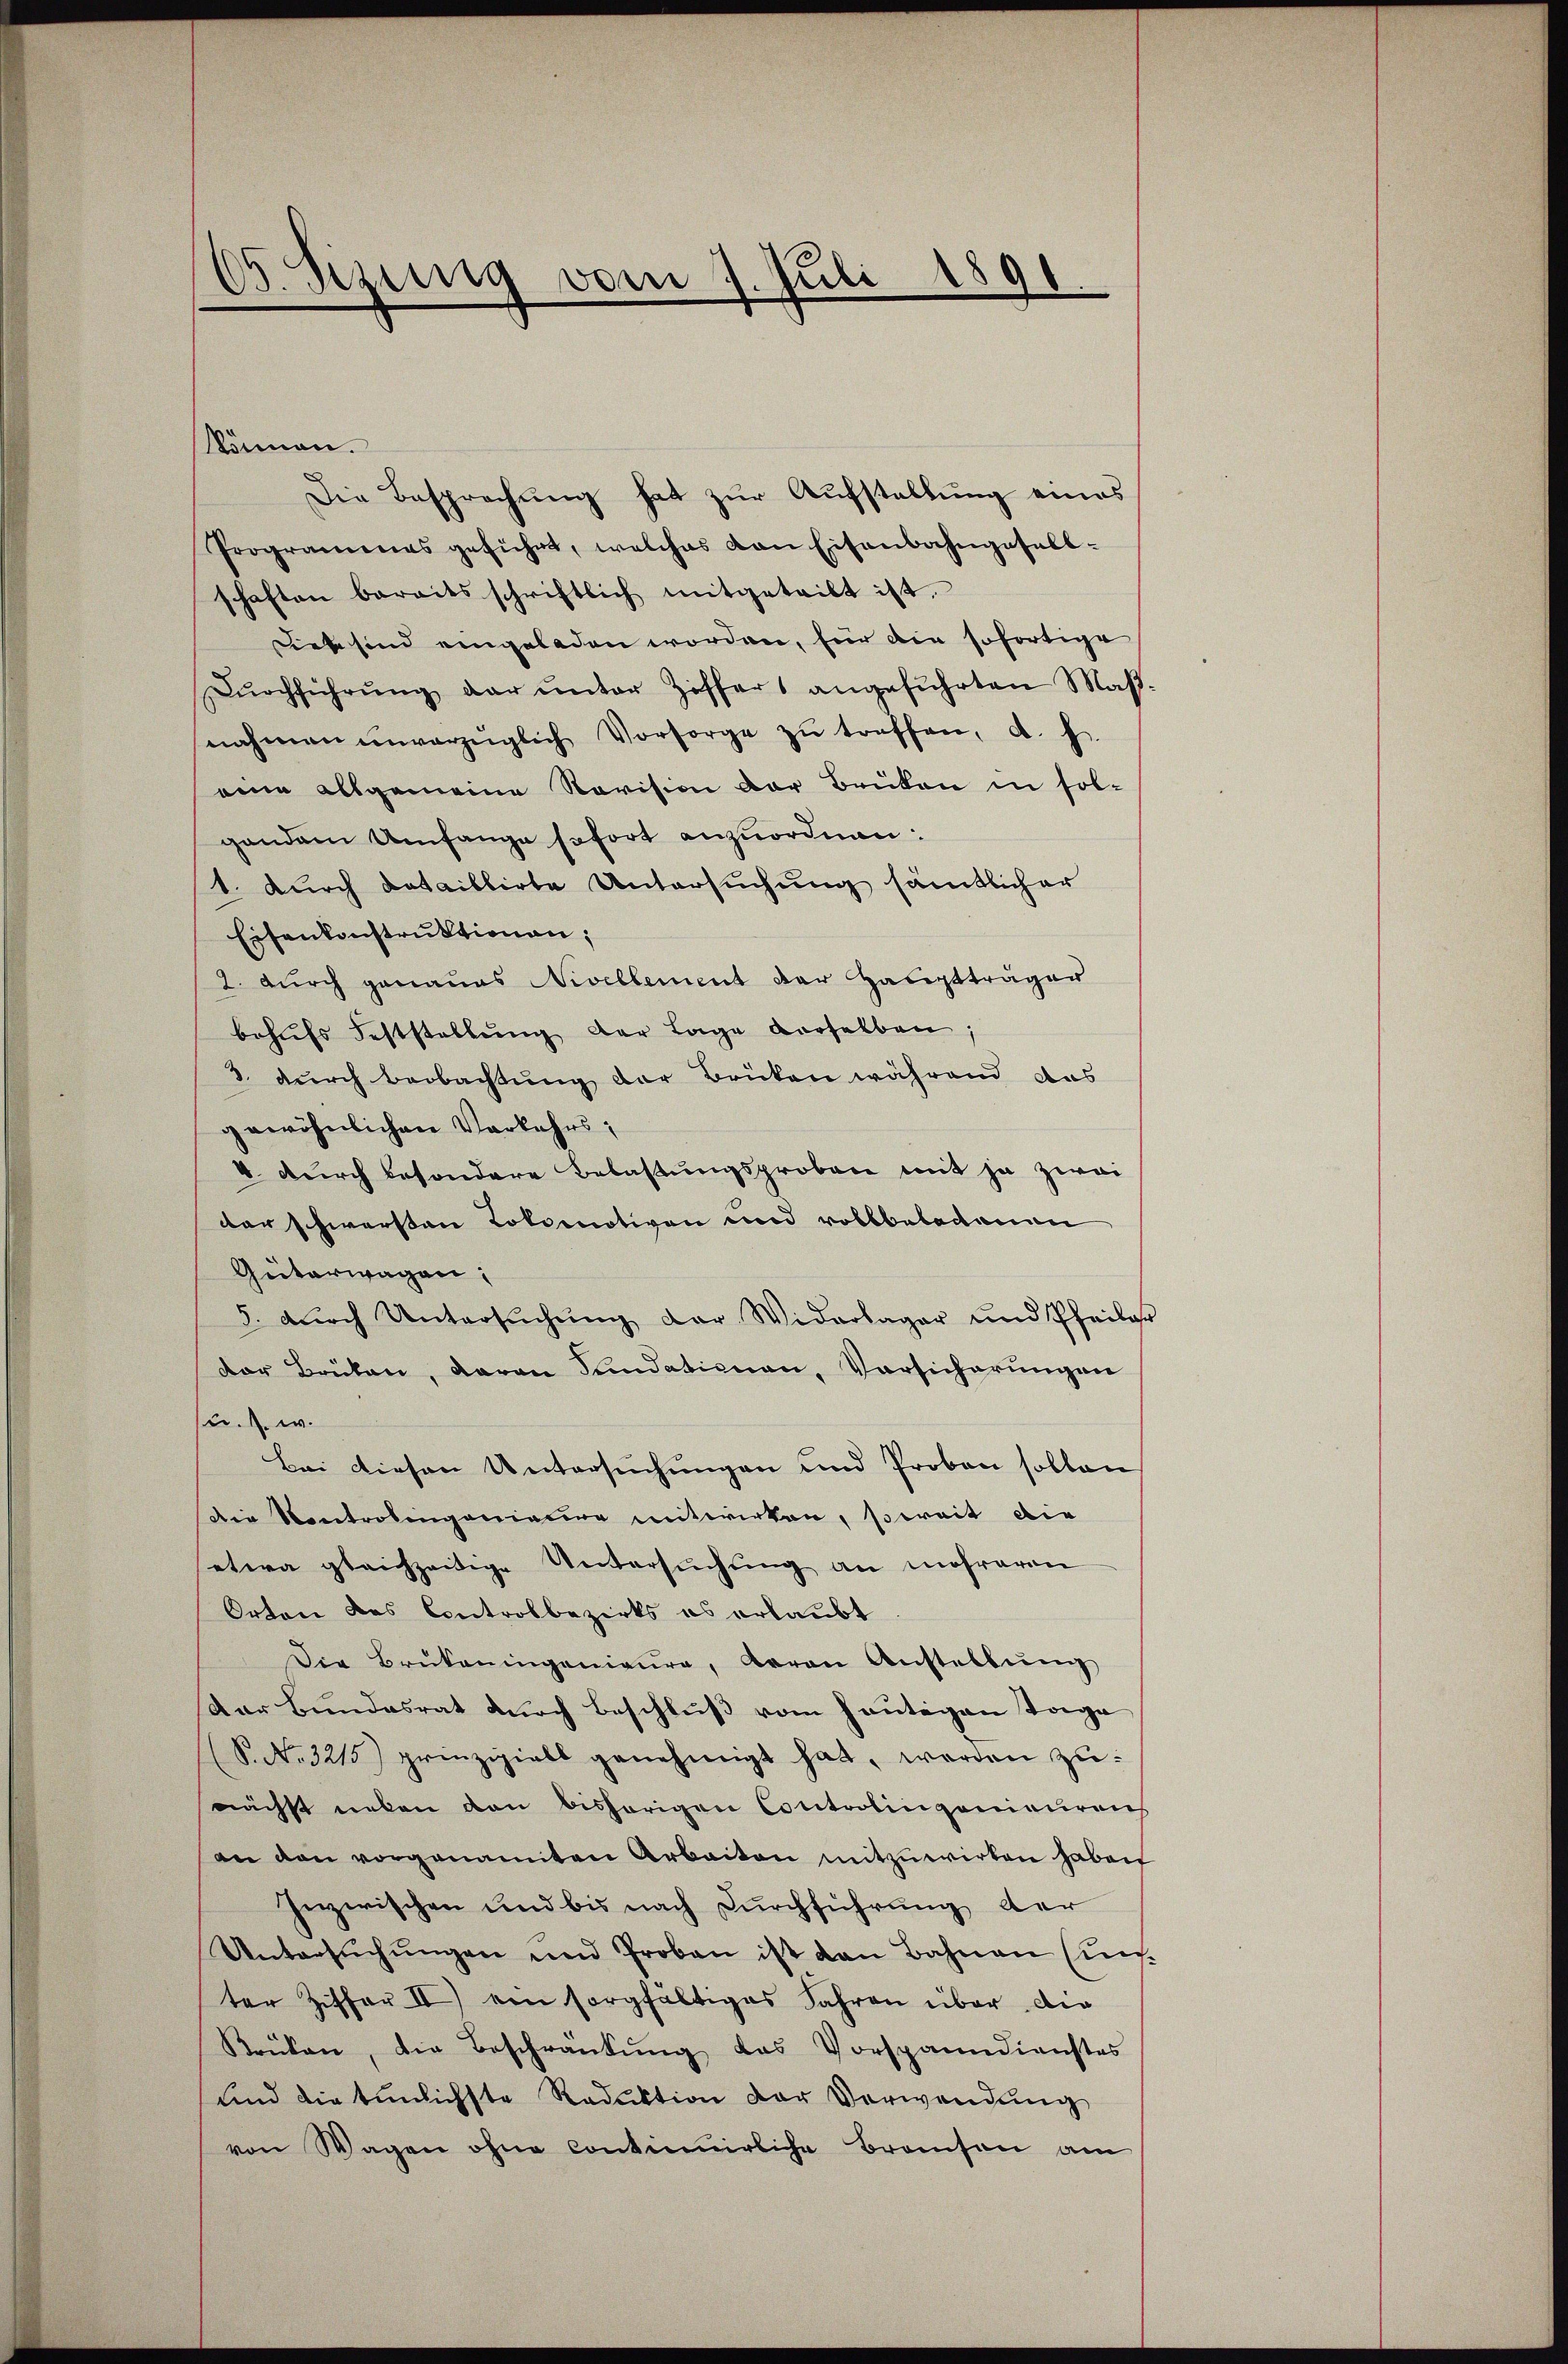
können.
Die Besprechung hat zur Aufstellung eines
Programenes geführt, welches von Eisenbahngesellschaften bereitsschriftlich mitgeteilt ist.
Dies sind eingeladen worden, für die sofortige
Dŭrchführŭng der ŭnter Ziffers angeführten Maßnahmen unverzüglich Vorsorge zŭ treffen, a. f.
eine allgemeine Revision der Brüken in sol-
gandem Umfange sofort anzuordnen:
1. Durch dataillirte Untersuchung sämtlicher
Eisenkonstruktionen;
2. durch genaues Nivellement der Hauptträger
behufs Feststellung der Lage derselben
3. durch Beobachtung der Brüken während das
gewöhnlichen Verkehrs,
4 durch besondere Belastungsproben mit ja zwei
der schwersten Lokomotiven und vollbeladenen
Güterwagen;
5. dŭrch Untersŭchŭng der Widerlager und Pfeiler
der Brüken, daran Fundationen, Vorsicherungen
u. s. w.
Bei diesen Untersuchungen und Proben sollen
die Kontrolingenieur mitwirken, soweit die
etwa gleichzeitige Untersŭchŭng an mehreren
Orten das Controlbezirks es erlaubt
Die Brükeningenieure, daran Anstellŭng
Dar Bundesrat durch Beschluß vom heutigen Tage
S. No. 3215) prinzipiell genehmigt hat, werden zunächst neben den bishörigen Controlingenieuren
an den vorgenamten Arbeiten mitzuwirken haben
Inzwischen und bis nach Durchführung der
Untersŭchŭngen und Proben ist den Bahnen Ein-
ter Ziffer II) von sorgfaltiges Jahren über die
Krüken, die Beschränkung das Vorspanndienstes
und die tunlichste Reduktion der Verwendung
von Wagen ohne continuirliche Brosen am

6
do. Sizung vom 7. Juli 1891